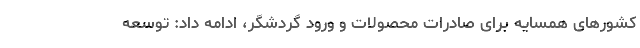
کشورهای همسایه برای صادرات محصولات و ورود گردشگر، ادامه داد: توسعه